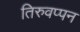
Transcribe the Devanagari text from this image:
तिरुवप्पन